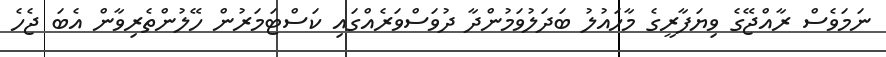
ނަމަވެސް ރާއްޖޭގެ ވިޔަފާރީގެ މާހައުލު ބަދަލުވަމުންދާ ދުވަސްވަރެއްގައި ކަސްޓަމަރުން ހޭލުންތެރިވާން އެބަ ޖެހެ